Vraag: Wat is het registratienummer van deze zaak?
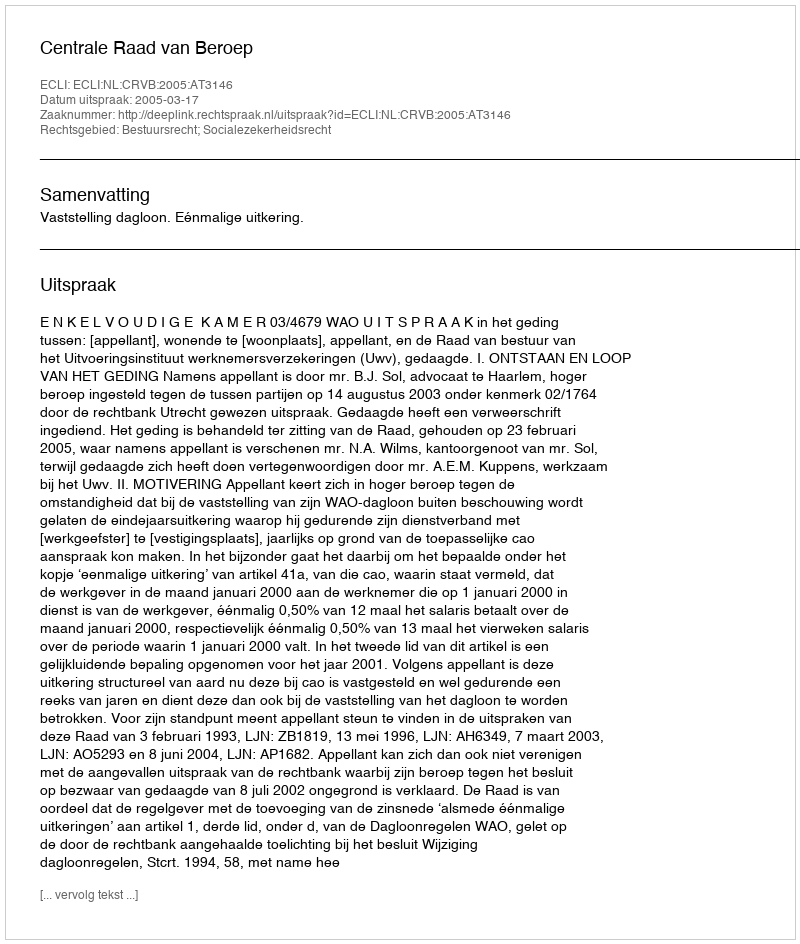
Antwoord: http://deeplink.rechtspraak.nl/uitspraak?id=ECLI:NL:CRVB:2005:AT3146